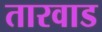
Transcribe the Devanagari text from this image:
तारवाड